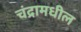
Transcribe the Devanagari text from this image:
चंद्रामधील